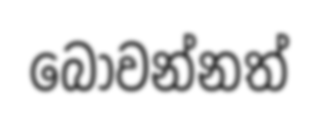
බෝවන්නත්